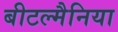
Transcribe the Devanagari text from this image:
बीटल्मैनिया